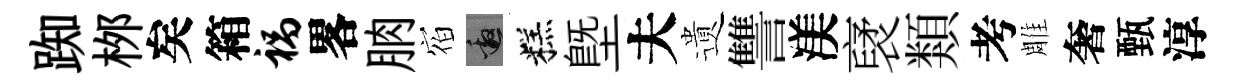
踟桞矣箱祸畧朒𪧐邀糕塈夫遺讐渼裦類考雕奢甄淳